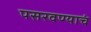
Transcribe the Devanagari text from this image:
पसरवण्याचं